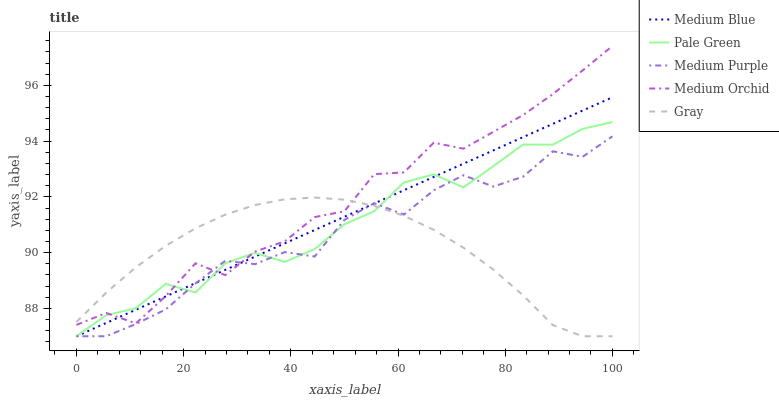
| xaxis_label | Medium Blue | Pale Green | Medium Purple | Medium Orchid | Gray |
 | --- | --- | --- | --- | --- | --- |
 | 0 | 87 | 87 | 87 | 87.4 | 87.5 |
 | 5.56 | 87.5 | 87.8 | 87 | 87.8 | 88.6 |
 | 11.1 | 88 | 88 | 87.4 | 87.5 | 89.5 |
 | 16.7 | 88.4 | 88.9 | 88 | 88.4 | 90.2 |
 | 22.2 | 88.9 | 88.6 | 88.9 | 89.6 | 90.9 |
 | 27.8 | 89.4 | 89.6 | 89.7 | 89.2 | 91.4 |
 | 33.3 | 89.9 | 90 | 89.6 | 90 | 91.7 |
 | 38.9 | 90.3 | 89.7 | 90 | 90.4 | 91.9 |
 | 44.4 | 90.8 | 90.1 | 89.9 | 91.3 | 92 |
 | 50 | 91.3 | 91 | 91.2 | 91.5 | 91.9 |
 | 55.6 | 91.8 | 91.5 | 91.8 | 92.8 | 91.7 |
 | 61.1 | 92.2 | 92.5 | 91.4 | 92.9 | 91.3 |
 | 66.7 | 92.7 | 92.8 | 92.2 | 93.9 | 90.8 |
 | 72.2 | 93.2 | 92.3 | 92.8 | 93.7 | 90.2 |
 | 77.8 | 93.7 | 93.1 | 92.4 | 94.3 | 89.4 |
 | 83.3 | 94.1 | 93.9 | 92.7 | 94.9 | 88.5 |
 | 88.9 | 94.6 | 93.9 | 93.6 | 95.7 | 87.4 |
 | 94.4 | 95.1 | 94.4 | 93.4 | 96.5 | 87 |
 | 100 | 95.6 | 94.7 | 94.2 | 97.4 | 87 |